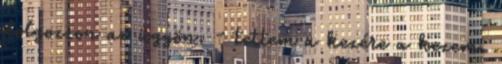
dolgozzon az ügyön. - tettem a kezére a kezem.